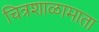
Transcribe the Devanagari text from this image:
चित्रशाळामाता